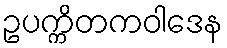
ဥပက္ကိတကဝါဒေန